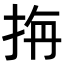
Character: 𭠭